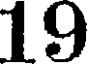
19